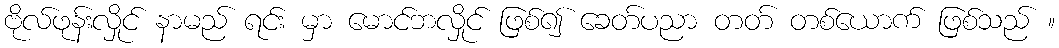
ဗိုလ်ဖုန်းလှိုင် နာမည် ရင်း မှာ မောင်ဘလှိုင် ဖြစ်၍ ခေတ်ပညာ တတ် တစ်ယောက် ဖြစ်သည် ။